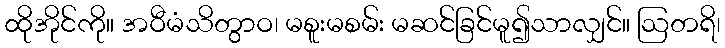
ထိုအိုင်ကို။ အဝီမံသိတွာဝ၊ မစူးမစမ်း မဆင်ခြင်မူ၍သာလျှင်။ ဩတရိ၊